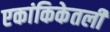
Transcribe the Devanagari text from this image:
एकांकिकेतली